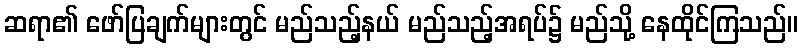
ဆရာ၏ ဖော်ပြချက်များတွင် မည်သည့်နယ် မည်သည့်အရပ်၌ မည်သို့ နေထိုင်ကြသည်။